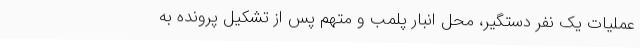
عملیات یک نفر دستگیر، محل انبار پلمب و متهم پس از تشکیل پرونده به